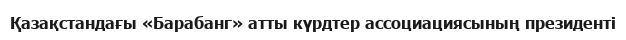
Қазақстандағы «Барабанг» атты күрдтер ассоциациясының президенті